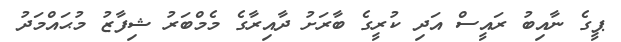
ޕީގެ ނާއިބު ރައީސް އަދި ކުރީގެ ބާރަށު ދާއިރާގެ މެމްބަރު ޝިފާޒު މުޙައްމަދު